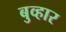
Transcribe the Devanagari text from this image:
बुव्हार